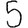
Digit: 5